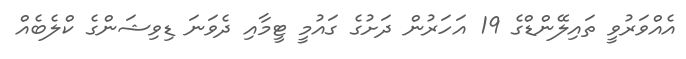
އެއްވަރުވީ ތައިލޭންޑްގެ 19 އަހަރުން ދަށުގެ ގައުމީ ޓީމާއި ދެވަނަ ޑިވިޝަންގެ ކްލެބެއް